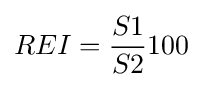
REI={\frac {S1}{S2}}100